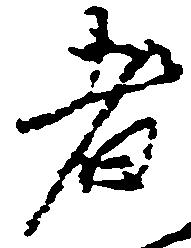
者